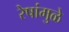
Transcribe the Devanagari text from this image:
रेषांमुळे